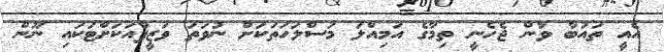
އެއީ ތައުބާ ވާން ޖެހެނީ ތިމާގެ އަމިއްލަ މަސްލަހަތަކަށް ނުވަތަ ވަޒީފާއަކަށްޓަކައި ނޫން